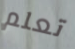
تعلم